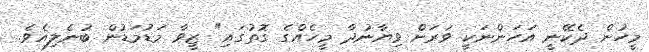
މީހުން ދެކޭނީ އަހަންނަކީ ވަރަށް ވިޔާނުދާ މީހެއްގެ ގޮތުގައި" ޒީވާ މަޑުމަޑުން ބުނެލިއެވެ.